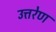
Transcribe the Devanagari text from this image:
उत्तरेण